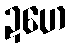
ဍဟေ